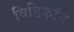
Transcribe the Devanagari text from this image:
विडिकॉन